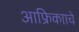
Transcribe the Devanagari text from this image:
आफ्रिकााचे